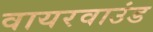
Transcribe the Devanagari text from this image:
वायरवाउंड